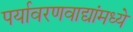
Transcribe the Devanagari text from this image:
पर्यावरणवाद्यांमध्ये